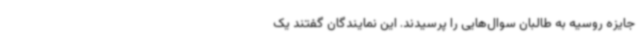
جایزه روسیه به طالبان سوال‌هایی را پرسیدند. این نمایندگان گفتند یک